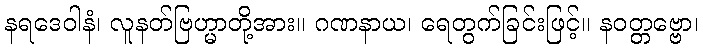
နရဒေဝါနံ၊ လူနတ်ဗြဟ္မာတို့အား။ ဂဏနာယ၊ ရေတွက်ခြင်းဖြင့်။ နဝတ္တဗ္ဗော၊